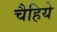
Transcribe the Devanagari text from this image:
चैहिये